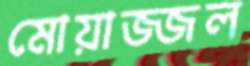
মোয়াজ্জল